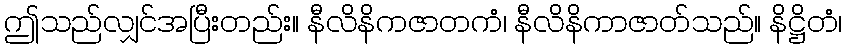
ဤသည်လျှင်အပြီးတည်း။ နီလိနိကဇာတကံ၊ နီလိနိကာဇာတ်သည်။ နိဋ္ဌိတံ၊